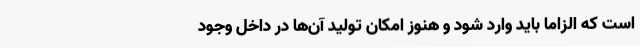
است که الزاما باید وارد شود و هنوز امکان تولید آن‌ها در داخل وجود